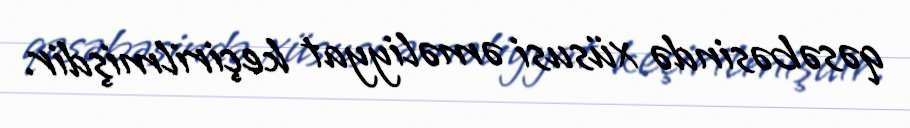
qəsəbəsində xüsusi əməliyyat keçirilmişdir.